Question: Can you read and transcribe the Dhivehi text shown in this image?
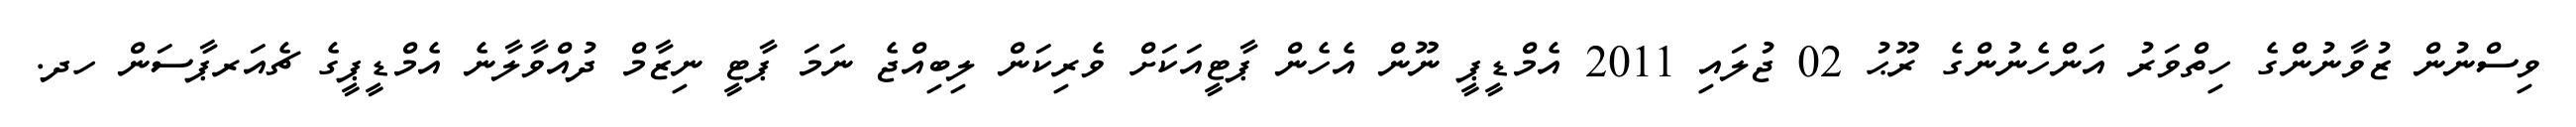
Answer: ވިސްނުން ޒުވާނުންގެ ހިތްވަރު އަންހެނުންގެ ރޫޙު 02 ޖުލައި 2011 އެމްޑީޕީ ނޫން އެހެން ޕާޓީއަކަށް ވެރިކަން ލިބިއްޖެ ނަމަ ޕާޓީ ނިޒާމް ދުއްވާލާނެ އެމްޑީޕީގެ ޗެއަރޕާސަން ހދ.